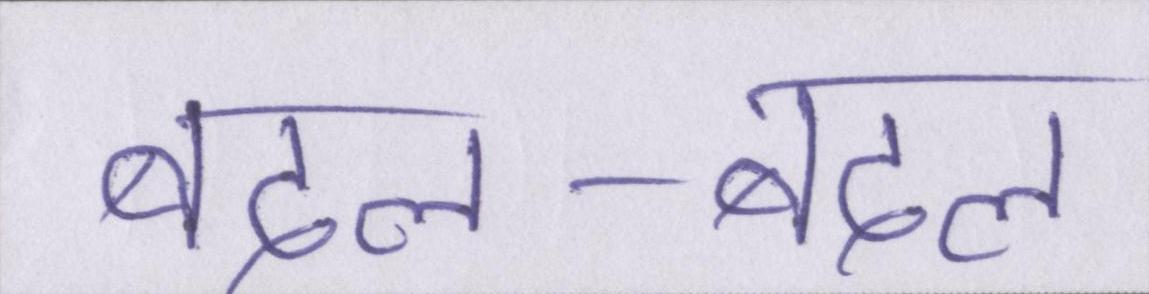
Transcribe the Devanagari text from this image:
बदल-बदल